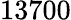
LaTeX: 13700